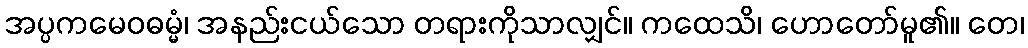
အပ္ပကမေဝဓမ္မံ၊ အနည်းငယ်သော တရားကိုသာလျှင်။ ကထေသိ၊ ဟောတော်မူ၏။ တေ၊